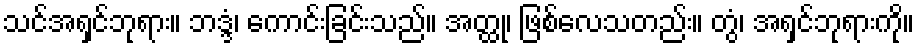
သင်အရှင်ဘုရား။ ဘဒ္ဒံ၊ ကောင်းခြင်းသည်။ အတ္ထု၊ ဖြစ်လေသတည်း။ တွံ၊ အရှင်ဘုရားကို။